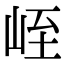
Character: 峌